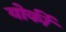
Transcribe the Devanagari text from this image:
योर्की